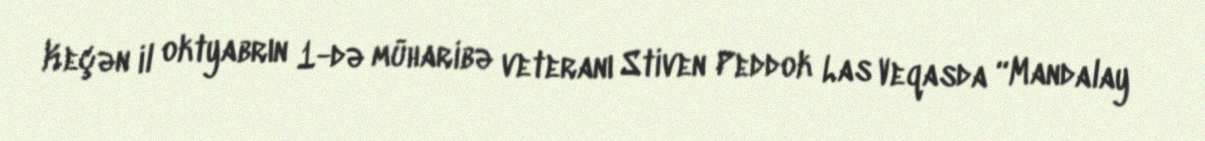
Keçən il oktyabrın 1-də müharibə veteranı Stiven Peddok Las Veqasda “Mandalay